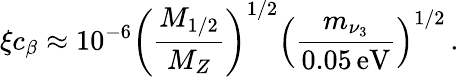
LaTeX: \xi c_{\beta}\approx 10^{-6}\left(\frac{M_{1/2}}{M_{Z}}\right)^{1/2}\left(\frac{m_{\nu_{3}}}{0.05\, \mathrm{eV}}\right)^{1/2}\, .